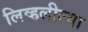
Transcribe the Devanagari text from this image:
लिव्हलील्या